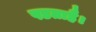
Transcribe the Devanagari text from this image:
पडताहै।